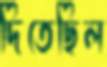
দিতেছিল